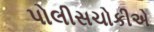
પોલીસચોકીએ